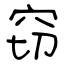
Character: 窃